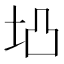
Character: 𱖖